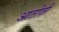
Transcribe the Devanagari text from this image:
आतोज़ी